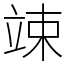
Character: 竦